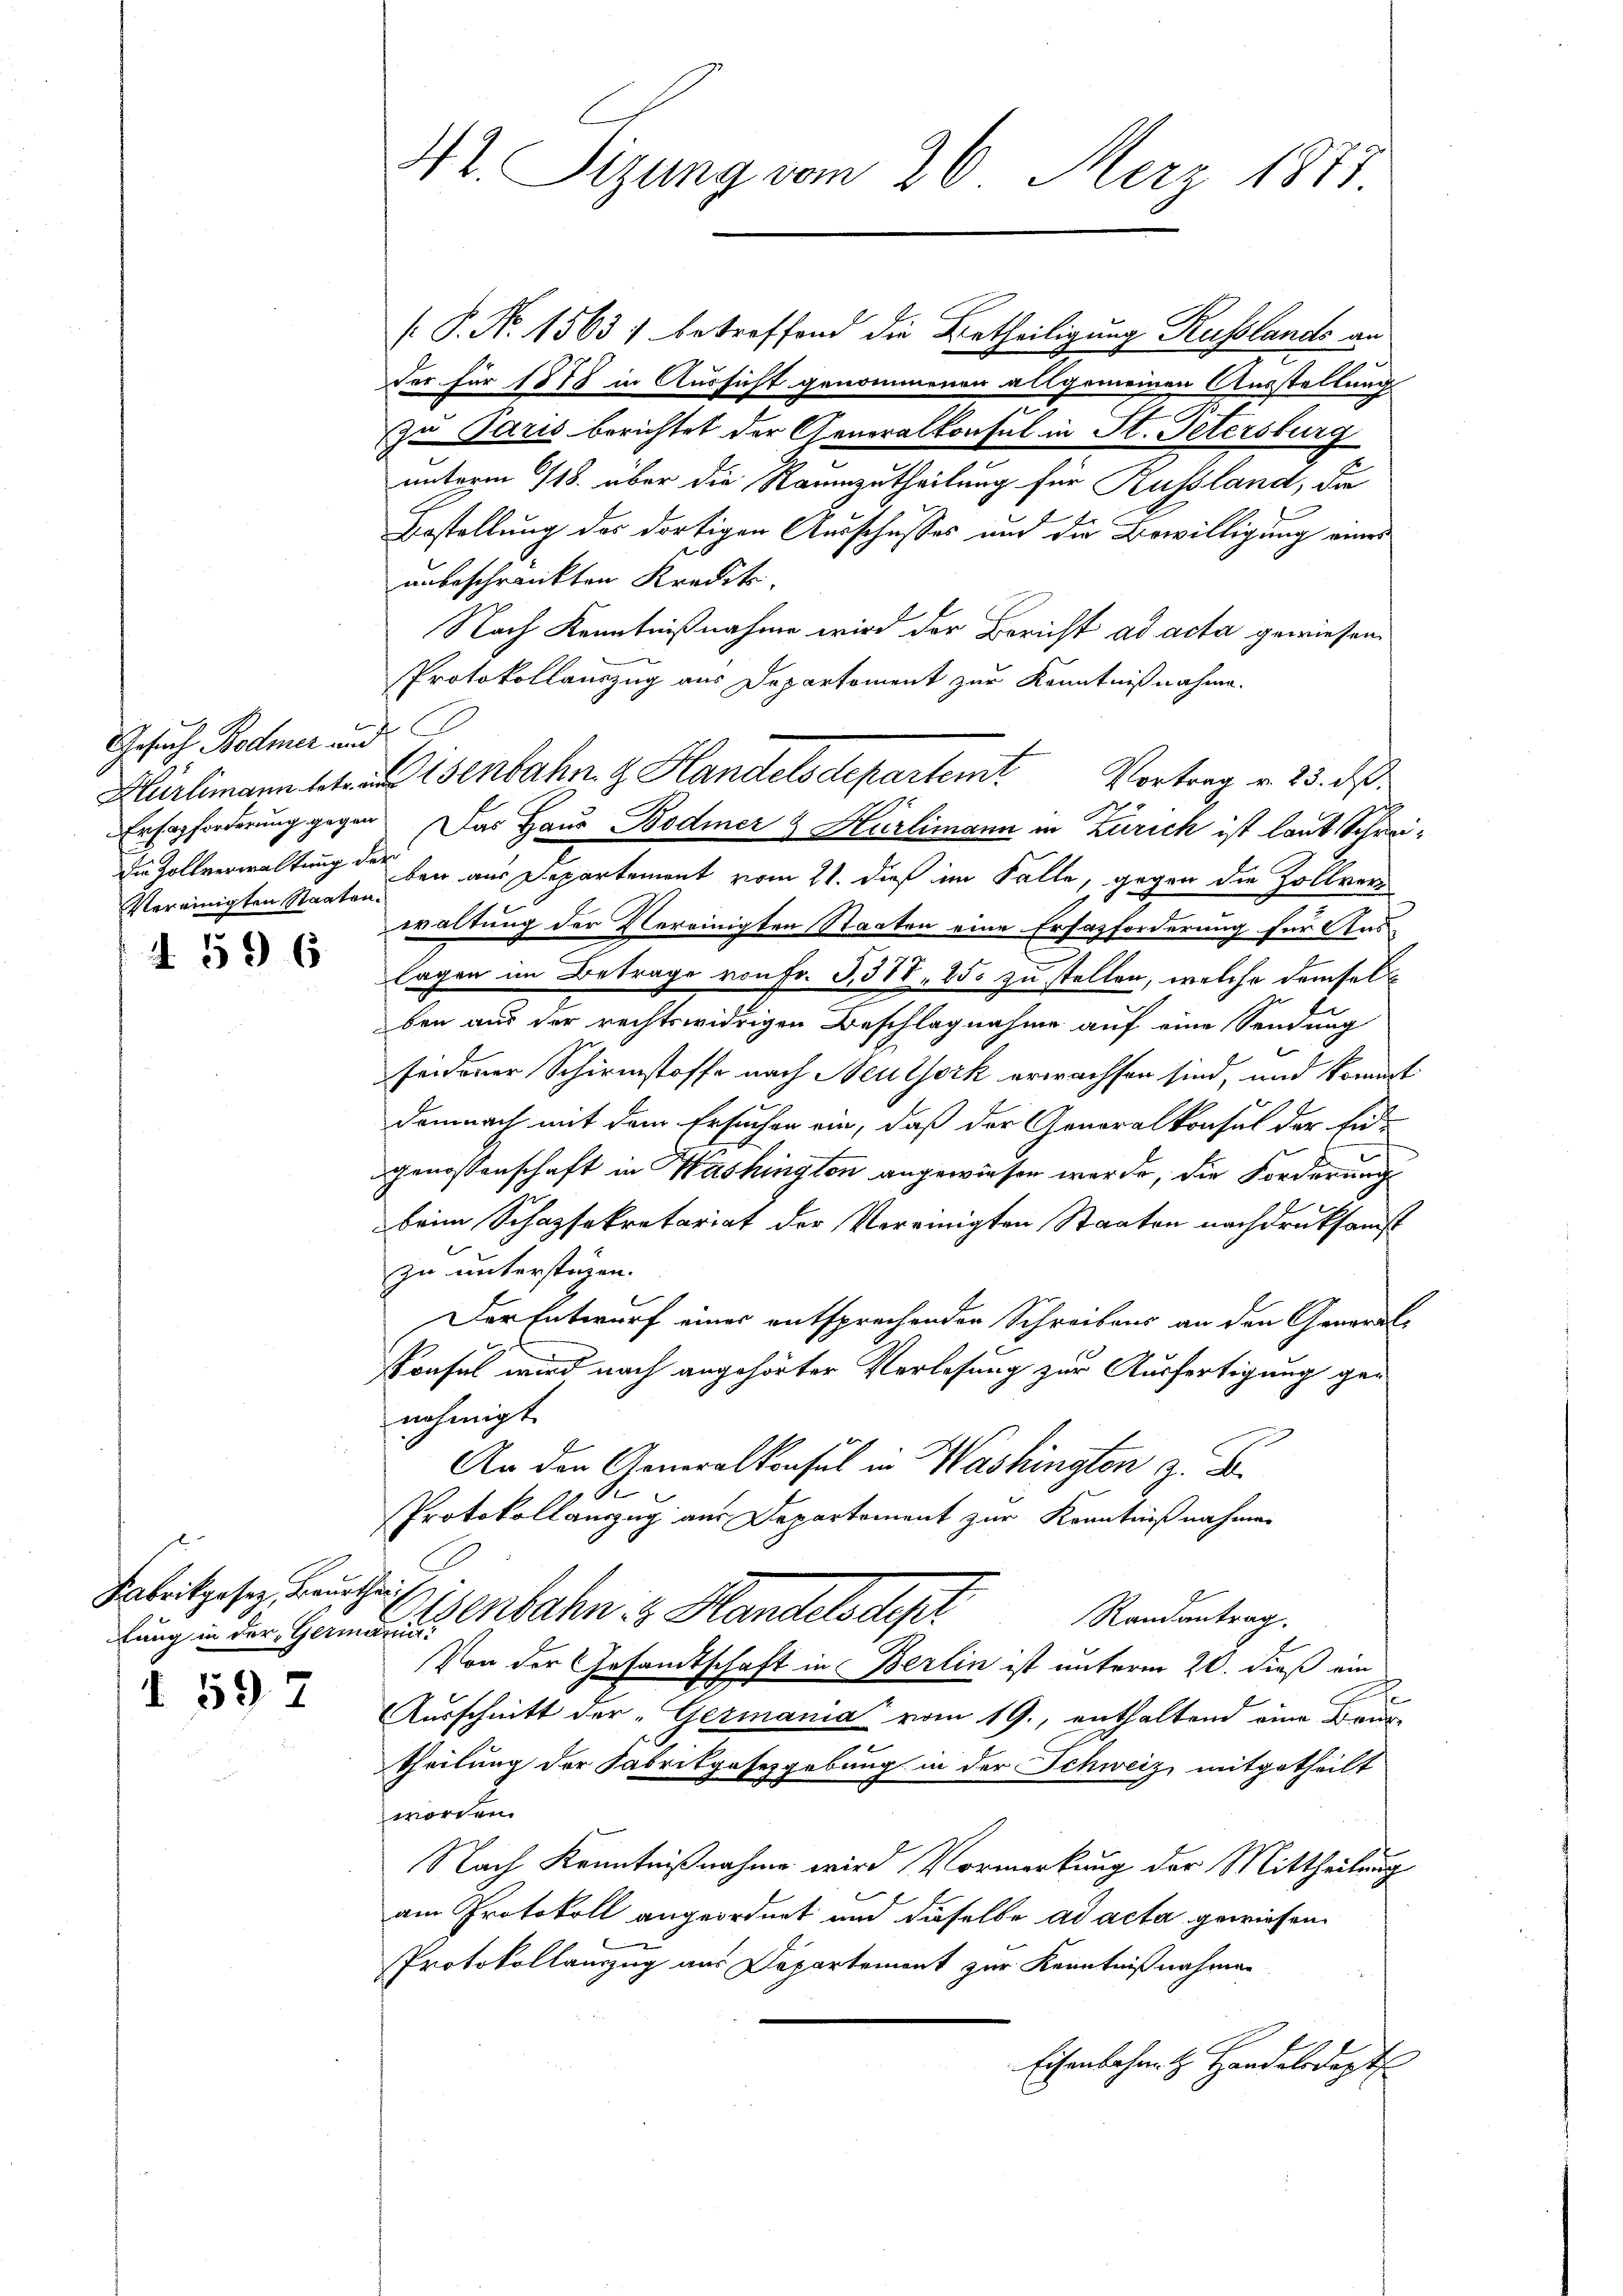
Gesuch Bodmer und
Vereinigten Staaten.

I 596

Fabrikgesez, Baurtheil

I. 597

42. Sizung vom 26. März 1871.

[P. No. 1563) betreffend die Betheiligung Russlands an
Der für 1878 in Aussicht genommenen allgemeinen Ausstellung
zu Paris berichtet der Generalkonsul in St. Petersburg
unterm 118. über die Raumzutheilung für Russland, die
Bestellung des dortigen Ausschusses und die Bewilligung eines
unbeschränkten Kredit.
Nach Kenntnißnahme wird der Bericht ad acta gewiesen.
Protokollauszug aus Departement zur Kenntnißnahme.
Ersazforderung gegen Das Haus Bodmer & Hürlimann in Zürich ist laut Schwei¬
Die Zollverwaltung der den aus Departement vom 21. dieß im Falle, gegen die Zollver-
waltung der Vereinigten Staaten eine Erfazforderung für Auslagen im Betrage von Fr. S. 377, 250 zu stellen, welche demselben aus der rechtswidrigen Beschlagnahme auf eine Sendung
feidoner Schirmstoffe nach Neuthork erwachsen sind, und kommt
demnach mit dem Ersuchen ein, daß der Generalkonsul der Eid-
genossenschaft in Washington angewiesen werde, die Forderung
beim Schazsekretariat der Vereinigten Staaten nachdruksamst
zu unterstüzen.
Der Entwurf einer entsprechenden Schreibens an den General-
Prasel wird nach angehörter Verlesung zur Ausfertigung genehmigt.
An den Generalkonsul in Washingten z. B.
Protokollauszug aus Departement zur Kenntnißnahmen
Randantrag.
lung in der Hand- u. Anbahn in Handelsdepr
Von der Gesandtschaft in Berlin ist unterm 20. dieß ein
de
Ausschnitt der „Germania vom 19., enthaltend eine Bruntheilung der Sabrikgesezgebung in der Schweiz, mitgetheilt
worden.
Nach Kenntnißnahme wird Vormerkung der Mittheilung
am Protokoll angeordnet und dieselbe ad acta gewiesen.
Protokollauszug aus Departement zur Kenntnißnahmen
Eisenbahnt. Handelsdept

Hürlimannst ad Isenbahn z. Handelsdepartemt. Vortrag v. 23. ds.